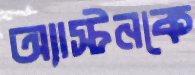
অ্যাস্টনকে